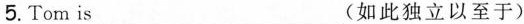
5.Tom is___(如此独立以至于)